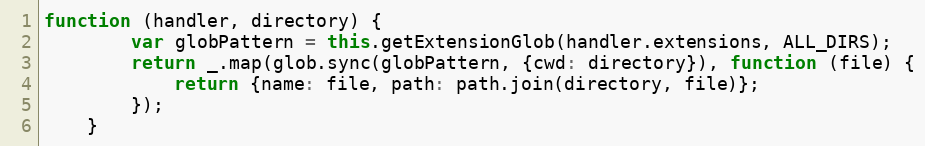
Language: JavaScript
function (handler, directory) {
        var globPattern = this.getExtensionGlob(handler.extensions, ALL_DIRS);
        return _.map(glob.sync(globPattern, {cwd: directory}), function (file) {
            return {name: file, path: path.join(directory, file)};
        });
    }